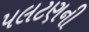
પલટણની